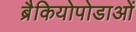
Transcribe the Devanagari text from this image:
ब्रैकियोपोडाओं